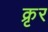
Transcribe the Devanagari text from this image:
क्रृर